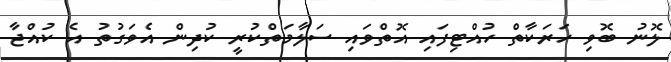
ލޮނު ބޮވި ހަރަކާތް ހުއްޓިފައި އޮތްވައި ސަލާމަތްކުރީ ކުދިން އެވަގުތު އެ ކުއްޖާ